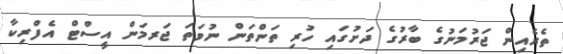
ތެރެއިން ޖަރުމަނުގެ ބާރުގެ ދަށުގައި ހުރި ތަންތަން ނުވަތަ ޖަރމަން އީސްޓް އެފްރިކާ